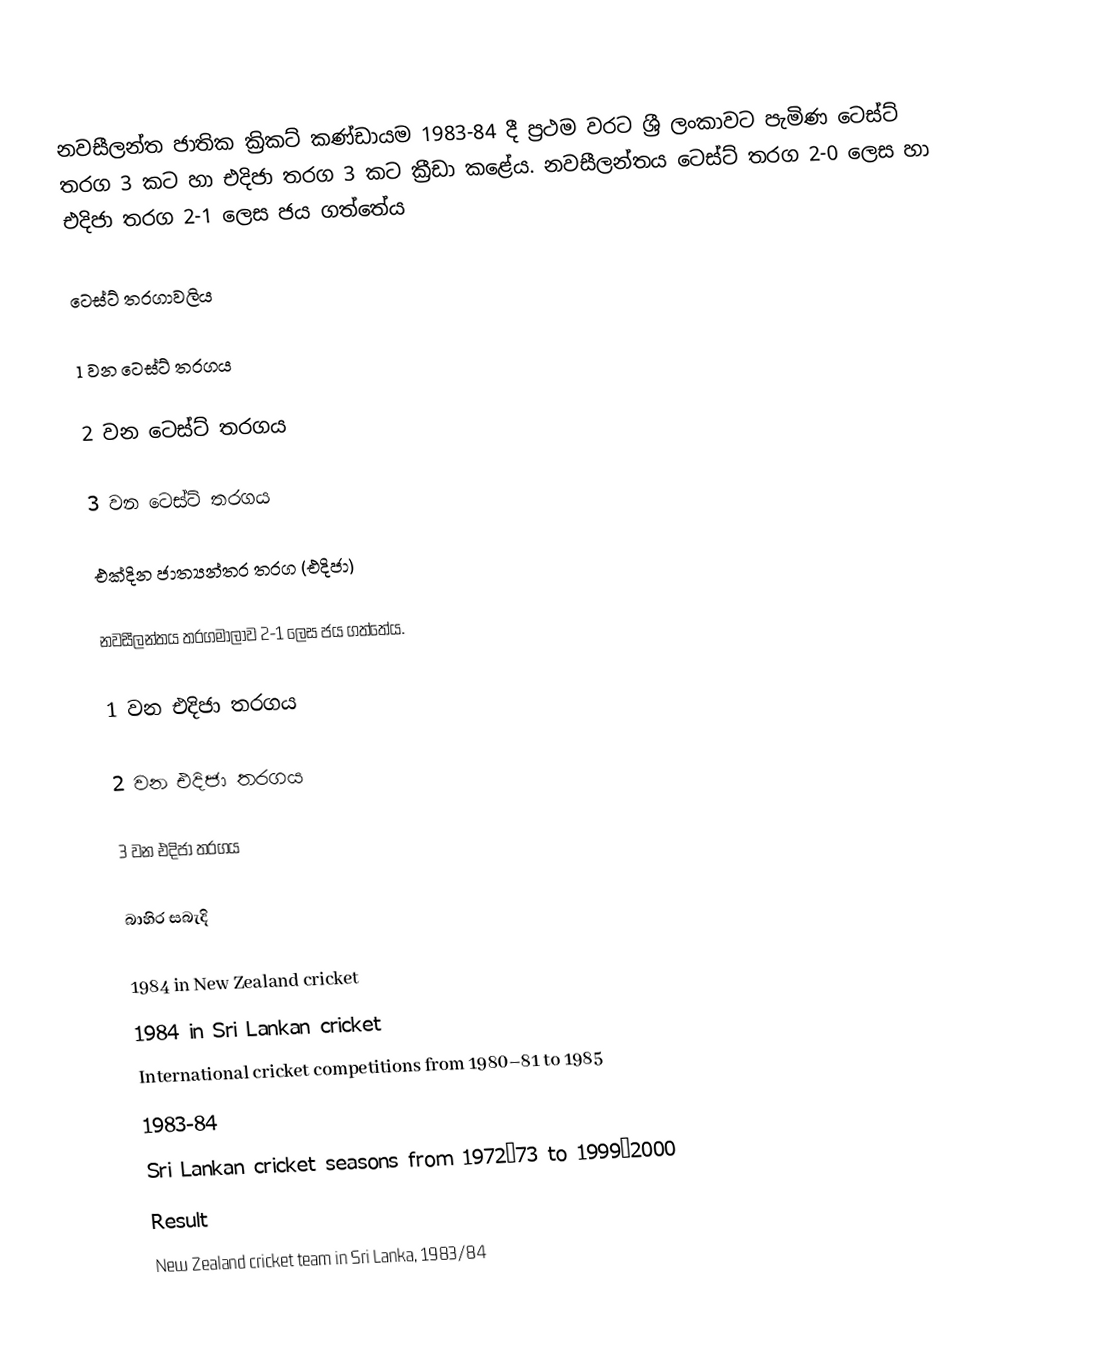
නවසීලන්ත ජාතික ක්‍රිකට් කණ්ඩායම 1983-84 දී ප්‍රථම වරට ශ්‍රී ලංකාවට පැමිණ ටෙස්ට් තරග 3 කට හා එදිජා තරග 3 කට ක්‍රීඩා කළේය. නවසීලන්තය ටෙස්ට් තරග 2-0 ලෙස  හා එදිජා තරග 2-1 ලෙස ජය ගත්තේය

ටෙස්ට් තරගාවලිය

1 වන ටෙස්ට් තරගය

2 වන ටෙස්ට් තරගය

3 වන ටෙස්ට් තරගය

එක්දින ජාත්‍යන්තර තරග (එදිජා)

නවසීලන්තය තරගමාලාව 2-1 ලෙස ජය ගත්තේය.

1 වන එදිජා තරගය

2 වන එදිජා තරගය

3 වන එදිජා තරගය

බාහිර සබැදි

1984 in New Zealand cricket
1984 in Sri Lankan cricket
International cricket competitions from 1980–81 to 1985
1983-84
Sri Lankan cricket seasons from 1972–73 to 1999–2000
Result
New Zealand cricket team in Sri Lanka, 1983/84